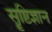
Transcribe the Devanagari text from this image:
सॄष्टिज्ञान